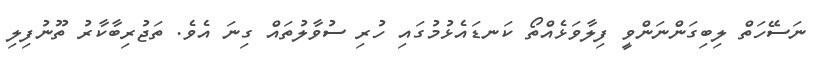
ނަސޭހަތް ލިބިގަންނަންވީ ފިލާވަޅެއްތޯ ކަނޑައެޅުމުގައި ހުރި ސުވާލުތައް ގިނަ އެވެ. ތަޖުރިބާކާރު ތޫނުފިލި